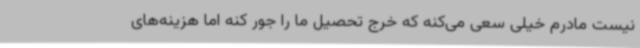
نیست مادرم خیلی سعی می‌کنه که خرج تحصیل ما را جور کنه اما هزینه‌های